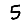
Digit: 5